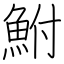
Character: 鮒